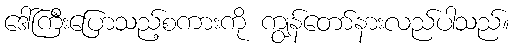
ဒေါ်ကြီးပြောသည့်စကားကို ကျွန်တော်နားလည်ပါသည်။